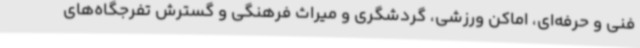
فنی و حرفه‌ای، اماکن ورزشی، گردشگری و میراث فرهنگی و گسترش تفرجگاه‌های